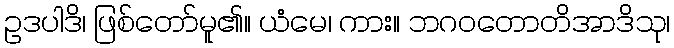
ဥဒပါဒိ၊ ဖြစ်တော်မူ၏။ ယံမေ၊ ကား။ ဘဂဝတောတိအာဒိသု၊